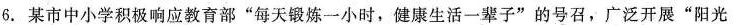
6.某市中小学积极响应教育部”每天锻炼一小时，健康生活一辈子”的号召，广泛开展”阳光